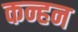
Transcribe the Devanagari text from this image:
कन्हन